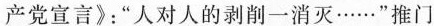
产党宣言》：”人对人的剥削一消灭……”推门